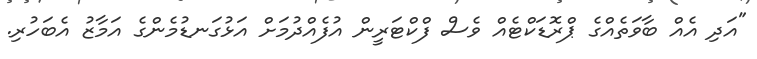
"އަދި އެއް ބާވަތެއްގެ ޕްރޮޑަކްޓެއް ވެސް ފްކްޓަރީން އުފެއްދުމަށް އަޅުގަނޑުމެންގެ އަމާޒު އެބަހުރި.